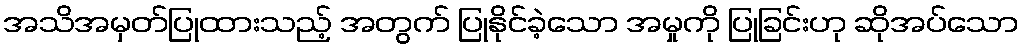
အသိအမှတ်ပြုထားသည့် အတွက် ပြုနိုင်ခဲ့သော အမှုကို ပြုခြင်းဟု ဆိုအပ်သော